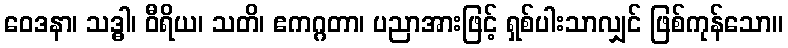
ဝေဒနာ၊ သဒ္ဓါ၊ ဝီရိယ၊ သတိ၊ ဧကဂ္ဂတာ၊ ပညာအားဖြင့် ရှစ်ပါးသာလျှင် ဖြစ်ကုန်သော။